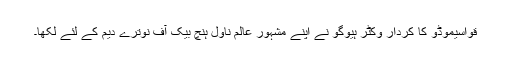
قواسیموڈو کا کردار وکٹر ہیوگو نے اپنے مشہور عالم ناول ہنچ بیک آف نوترے دیم کے لئے لکھا۔